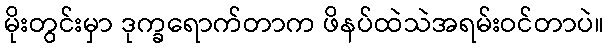
မိုးတွင်းမှာ ဒုက္ခရောက်တာက ဖိနပ်ထဲသဲအရမ်းဝင်တာပဲ။